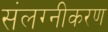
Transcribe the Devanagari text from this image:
संलग्नीकरण